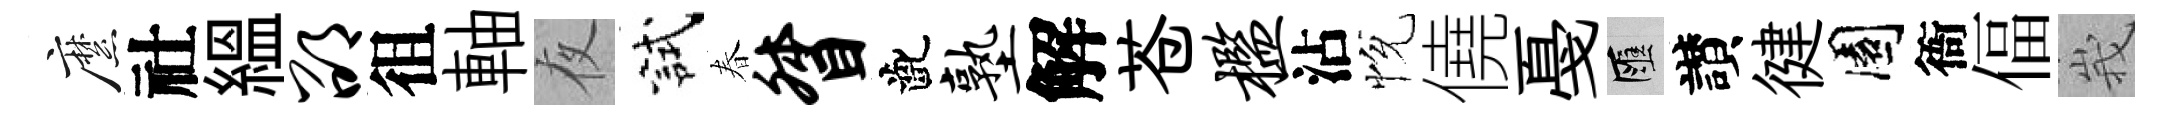
縻社緼邵徂軸夜試春督齔塾解苍槛沾恱僥戞匯讃徤園衙偪峩